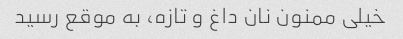
خیلی ممنون نان داغ و تازه، به موقع رسید